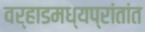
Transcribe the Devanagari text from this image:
वर्‍हाडमध्यप्रांतांत